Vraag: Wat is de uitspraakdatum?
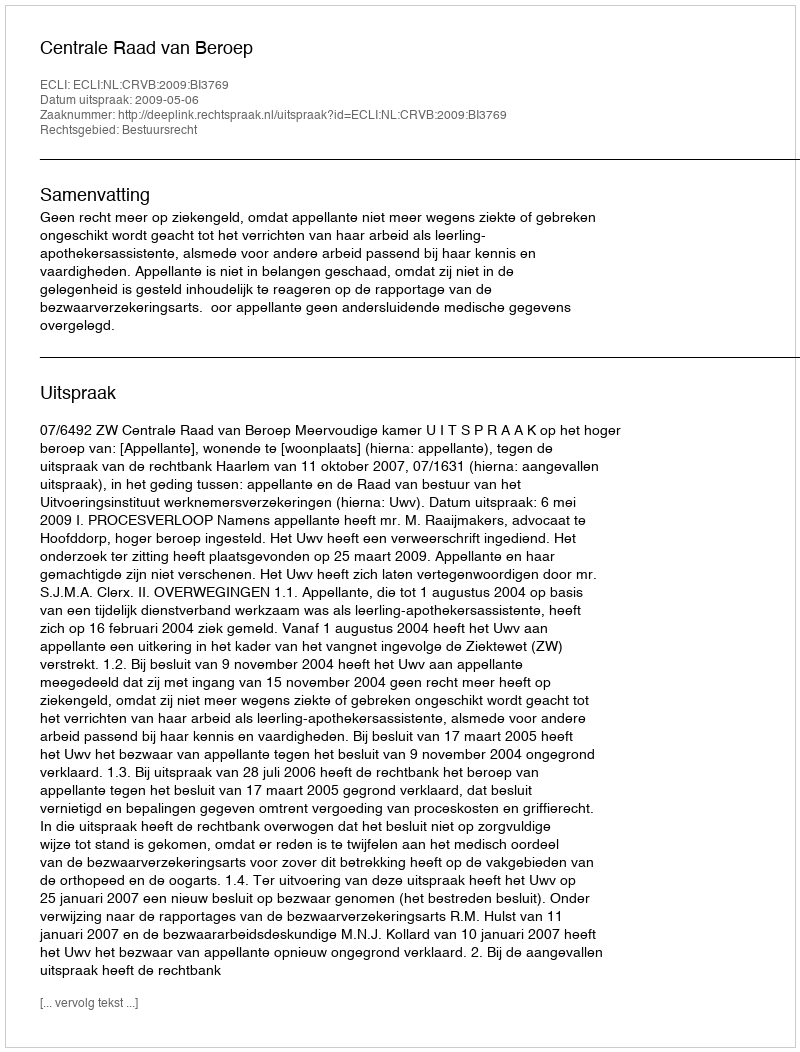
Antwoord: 2009-05-06